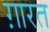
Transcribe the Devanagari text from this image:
ग़ारत